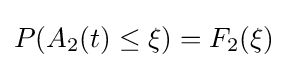
P(A_{2}(t)\leq \xi )=F_{2}(\xi )